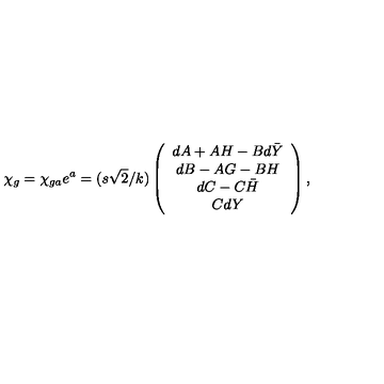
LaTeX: \chi _ { g } = \chi _ { g a } e ^ { a } = ( s \sqrt { 2 } / k ) \left( \begin{array} { c } { d A + A H - B d \bar { Y } } \\ { d B - A G - B H } \\ { d C - C \bar { H } } \\ { C d Y } \\ \end{array} \right) ,